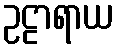
ဥဠာရာယ